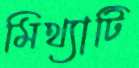
মিথ্যাটি